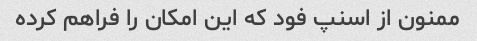
ممنون از اسنپ فود که این امکان را فراهم کرده